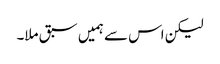
لیکن اس سے ہمیں سبق ملا۔